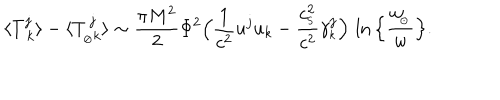
LaTeX: \langle { T _ { \ k } ^ { j } } \rangle - \langle T _ { _ { \oslash } k } ^ { \, j } \rangle \sim { \frac { \pi M ^ { 2 } } { 2 } } \Phi ^ { 2 } \Big ( { \frac { 1 } { c ^ { 2 } } } u ^ { j } u _ { k } - { \frac { c _ { _ \mathrm { S } } ^ { 2 } } { c ^ { 2 } } } \gamma _ { _ k } ^ { j } \Big ) \, \ln \Big \{ { \frac { w _ { \! _ { \odot } } } { w } } \Big \} .